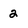
Character: 2